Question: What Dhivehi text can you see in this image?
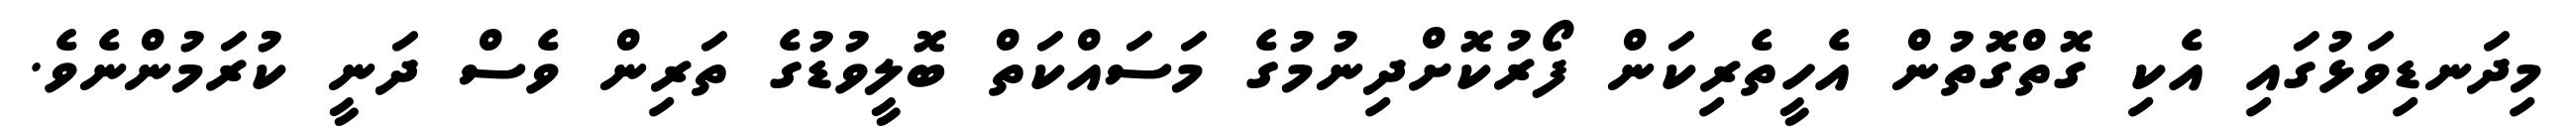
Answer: މިދަނޑިވަޅުގައި އެކި ގޮތްގޮތުން އެހީތެރިކަން ފޯރުކޮށްދިނުމުގެ މަސައްކަތް ބޮލީވުޑުގެ ތަރިން ވެސް ދަނީ ކުރަމުންނެވެ.